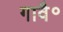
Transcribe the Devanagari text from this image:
गावै॰